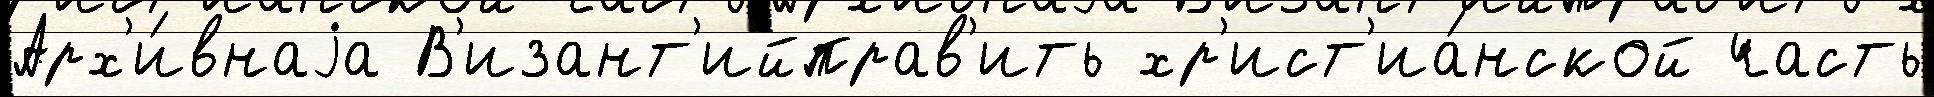
Арх'и́внаjа В'изант'ийправ'ить хр'ист'иа́нской часть